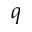
^ { q }